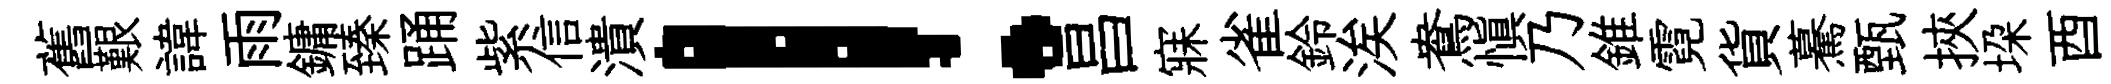
舊艱諱雨鏞臻踊紫信潰！昌寐雀鈴涘鴦愼乃錐霓貨驀甄挾垜酉歟